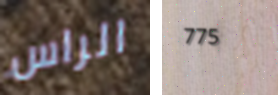
الراس 775